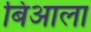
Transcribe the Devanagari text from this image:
बिआला